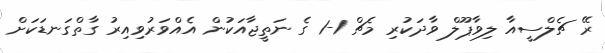
ރޭ ޗެލްސީއާ ލިވާޕޫލް ވާދަކުރި މެޗް 1-1 ގެ ނަތީޖާއަކުން އެއްވަރުވިއިރު ގާތްގަނޑަކަށް